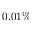
0 . 0 1 \%